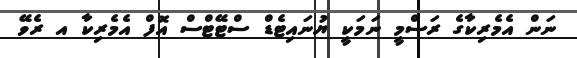
ނަން އެމެރިކާގެ ރަސްމީ ނަމަކީ ޔުނައިޓެޑް ސްޓޭޓްސް އޮފް އެމެރިކާ އ ރެވޭ